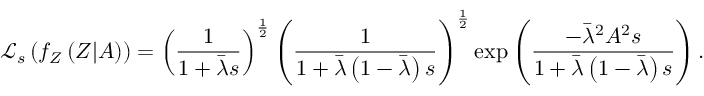
\mathcal { L } _ { s } \left( f _ { Z } \left( Z | A \right) \right) = \left( \frac { 1 } { 1 + \bar { \lambda } s } \right) ^ { \frac { 1 } { 2 } } \left( \frac { 1 } { 1 + \bar { \lambda } \left( 1 - \bar { \lambda } \right) s } \right) ^ { \frac { 1 } { 2 } } \exp \left( \frac { - \bar { \lambda } ^ { 2 } A ^ { 2 } s } { 1 + \bar { \lambda } \left( 1 - \bar { \lambda } \right) s } \right) .